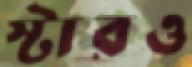
স্টারও